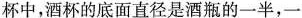
杯中，酒杯的底面直径是酒瓶的一半，一